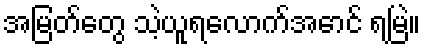
အမြတ်တွေ သဲ့ယူရလောက်အောင် ရမြဲ။